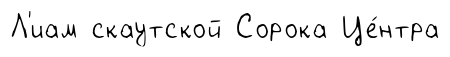
Л'иам скаутской Сорока Це́нтра